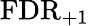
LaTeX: \mathrm{FDR}_{+1}